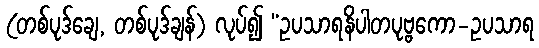
(တစ်ပုဒ်ချေ, တစ်ပုဒ်ချန်) လုပ်၍ “ဥပသာရနိပါတပုဗ္ဗကော-ဥပသာရ